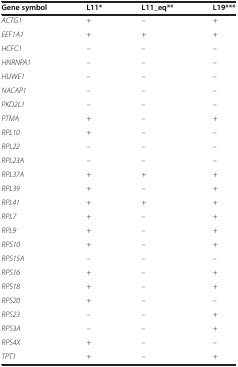
<table><thead><tr><td><b>Gene symbol</b></td><td><b>L11*</b></td><td><b>L11_eq**</b></td><td><b>L19***</b></td></tr></thead><tbody><tr><td><i>ACTG1</i></td><td>+</td><td>–</td><td>+</td></tr><tr><td><i>EEF1A1</i></td><td>+</td><td>+</td><td>+</td></tr><tr><td><i>HCFC1</i></td><td>–</td><td>–</td><td>–</td></tr><tr><td><i>HNRNPA1</i></td><td>–</td><td>–</td><td>–</td></tr><tr><td><i>HUWE1</i></td><td>–</td><td>–</td><td>–</td></tr><tr><td><i>NACAP1</i></td><td>–</td><td>–</td><td>–</td></tr><tr><td><i>PKD2L1</i></td><td>–</td><td>–</td><td>–</td></tr><tr><td><i>PTMA</i></td><td>+</td><td>–</td><td>+</td></tr><tr><td><i>RPL10</i></td><td>+</td><td>–</td><td>–</td></tr><tr><td><i>RPL22</i></td><td>–</td><td>–</td><td>–</td></tr><tr><td><i>RPL23A</i></td><td>–</td><td>–</td><td>–</td></tr><tr><td><i>RPL37A</i></td><td>+</td><td>+</td><td>+</td></tr><tr><td><i>RPL39</i></td><td>+</td><td>–</td><td>+</td></tr><tr><td><i>RPL41</i></td><td>+</td><td>+</td><td>+</td></tr><tr><td><i>RPL7</i></td><td>+</td><td>–</td><td>+</td></tr><tr><td><i>RPL9</i></td><td>+</td><td>–</td><td>+</td></tr><tr><td><i>RPS10</i></td><td>+</td><td>–</td><td>+</td></tr><tr><td><i>RPS15A</i></td><td>–</td><td>–</td><td>–</td></tr><tr><td><i>RPS16</i></td><td>+</td><td>–</td><td>+</td></tr><tr><td><i>RPS18</i></td><td>+</td><td>–</td><td>+</td></tr><tr><td><i>RPS20</i></td><td>+</td><td>–</td><td>–</td></tr><tr><td><i>RPS23</i></td><td>–</td><td>–</td><td>+</td></tr><tr><td><i>RPS3A</i></td><td>–</td><td>–</td><td>+</td></tr><tr><td><i>RPS4X</i></td><td>+</td><td>–</td><td>–</td></tr><tr><td><i>TPT1</i></td><td>+</td><td>–</td><td>+</td></tr></tbody></table>